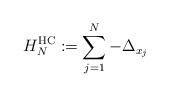
LaTeX: \begin{align*}H_N^\mathrm{HC}:= \sum_{j=1}^N -\Delta_{x_j}\end{align*}